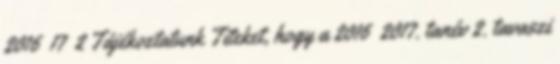
2016 17 2 Tájékoztatunk Titeket, hogy a 2016 2017. tanév 2. tavaszi